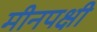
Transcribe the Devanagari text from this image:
मीनपक्षी